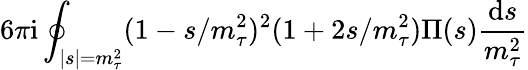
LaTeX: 6\pi\mathrm{i}\oint_{|s|=m_{\tau}^{2}}(1-s/m_{\tau}^{2})^{2}(1+2s/m_{\tau}^{2})\Pi(s)\frac{\mathrm{d}s}{m_{\tau}^{2}}